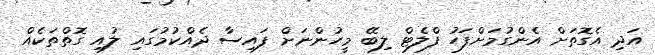
އަދި އެގޮތަށް އެންގުމަށްފަހު ފްލެޓް ލިބޭ މީހުންނަށް ފައިސާ ދެއްކުމުގައި ލުއި ގޮތްތަކެއް